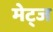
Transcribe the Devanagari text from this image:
मेट्ज